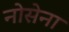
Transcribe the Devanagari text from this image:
नोसेना